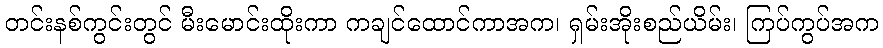
တင်းနစ်ကွင်းတွင် မီးမောင်းထိုးကာ ကချင်ထောင်ကာအက၊ ရှမ်းအိုးစည်ယိမ်း၊ ကြပ်ကွပ်အက